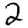
Digit: 2